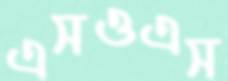
এসওএস